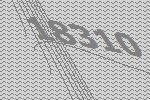
18310